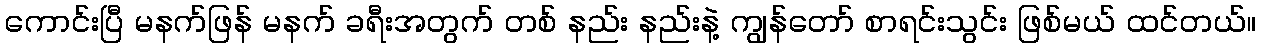
ကောင်းပြီ မနက်ဖြန် မနက် ခရီးအတွက် တစ် နည်း နည်းနဲ့ ကျွန်တော် စာရင်းသွင်း ဖြစ်မယ် ထင်တယ်။